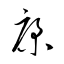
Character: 康